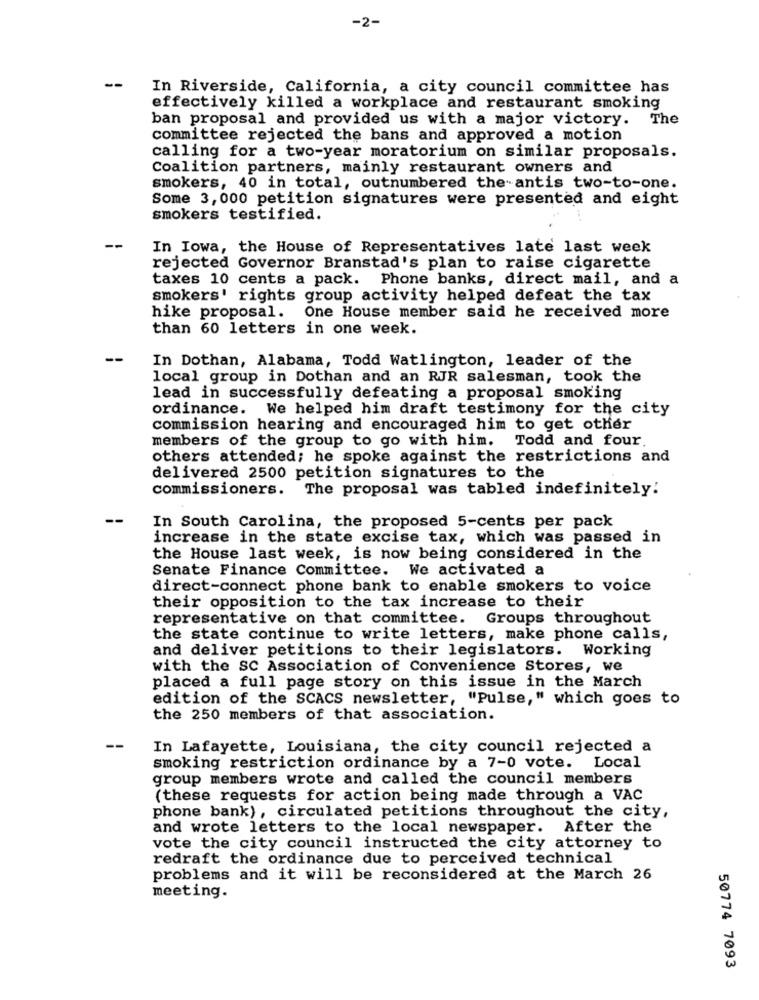
-2-
--
In Riverside, California, a city council committee has
effectively killed a workplace and restaurant smoking
ban proposal and provided us with a major victory. The
committee rejected the bans and approved a motion
calling for a two-year moratorium on similar proposals.
Coalition partners, mainly restaurant owners and
smokers, 40 in total, outnumbered the-antis two-to-one.
Some 3,000 petition signatures were presented and eight
smokers testified.
--
In Iowa, the House of Representatives late last week
rejected Governor Branstad's plan to raise cigarette
taxes 10 cents a pack. Phone banks, direct mail, and a
smokers' rights group activity helped defeat the tax
hike proposal. One House member said he received more
than 60 letters in one week.
--
In Dothan, Alabama, Todd Watlington, leader of the
local group in Dothan and an RJR salesman, took the
lead in successfully defeating a proposal smoking
ordinance. We helped him draft testimony for the city
commission hearing and encouraged him to get other
members of the group to go with him.
Todd and four.
others attended; he spoke against the restrictions and
delivered 2500 petition signatures to the
commissioners. The proposal was tabled indefinitely:
--
In South Carolina, the proposed 5-cents per pack
increase in the state excise tax, which was passed in
the House last week, is now being considered in the
Senate Finance Committee. We activated a
direct-connect phone bank to enable smokers to voice
their opposition to the tax increase to their
representative on that committee.
Groups throughout
the state continue to write letters, make phone calls,
and deliver petitions to their legislators. Working
with the SC Association of Convenience Stores, we
placed a full page story on this issue in the March
edition of the SCACS newsletter, "Pulse," which goes to
the 250 members of that association.
--
In Lafayette, Louisiana, the city council rejected a
smoking restriction ordinance by a 7-0 vote. Local
group members wrote and called the council members
(these requests for action being made through a VAC
phone bank) , circulated petitions throughout the city,
and wrote letters to the local newspaper. After the
vote the city council instructed the city attorney to
redraft the ordinance due to perceived technical
problems and it will be reconsidered at the March 26
meeting.
50774 7093